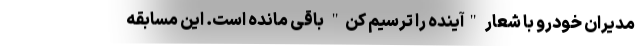
مدیران خودرو با شعار "آینده را ترسیم کن" باقی مانده است. این مسابقه